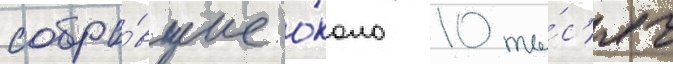
собра́вшие о́коло 10 ты́с'яч